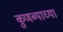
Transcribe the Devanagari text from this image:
कुणब्याच्या